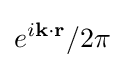
e^{i\mathbf {k} \cdot \mathbf {r} }/2\pi